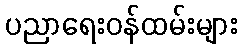
ပညာရေးဝန်ထမ်းများ